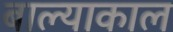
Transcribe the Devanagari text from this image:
बाल्याकाल